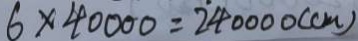
6 \times 4 0 0 0 0 = 2 4 0 0 0 0 ( c m )